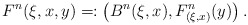
\begin{align*}F ^n ( \xi , x , y ) =: \left( B ^n ( \xi , x ) , F _{(\xi, x)} ^n (y) \right) .\end{align*}